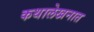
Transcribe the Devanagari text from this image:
कथालेखनात